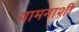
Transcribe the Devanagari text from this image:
यामनाशी